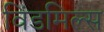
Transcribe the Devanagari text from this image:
विंडमिल्स